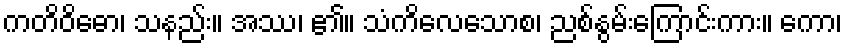
ကတိဝိဓော၊ သနည်း။ အဿ၊ ၏။ သံကိလေသောစ၊ ညစ်နွမ်းကြောင်းကား။ ကော၊